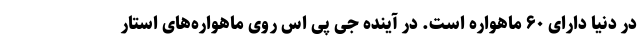
در دنیا دارای ۶۰ ماهواره است. در آینده جی پی اس روی ماهواره‌های استار